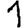
Digit: 1